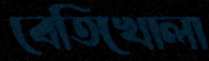
বেতিখোলা